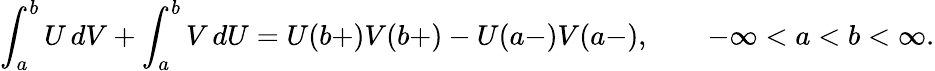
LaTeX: \int_{a}^{b}U\, dV+\int_{a}^{b}V\, dU=U(b+)V(b+)-U(a-)V(a-),\qquad-\infty<a<b<\infty.